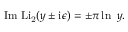
\mathrm { I m ~ L i _ { 2 } } ( y \pm \mathrm { i } \epsilon ) = \pm \pi \ln ~ y .